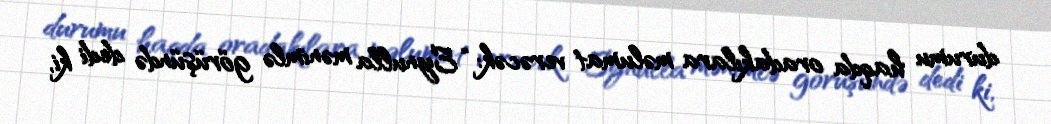
durumu haqda oradakılara məlumat verəcək: “Eynulla mənimlə görüşündə dedi ki,